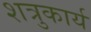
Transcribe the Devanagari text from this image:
शत्रुकार्य